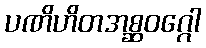
ပဏိဟိတအစ္ဆဝဂ္ဂေါ